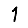
Digit: 1